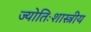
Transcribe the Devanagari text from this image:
ज्योतिःशास्त्रीय